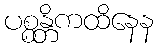
ပစ္စန္တိကထိနေန